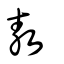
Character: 敖